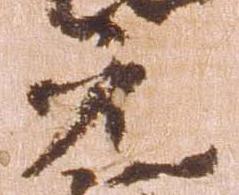
元